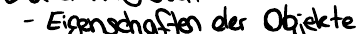
- Eigenschaften der Objekte